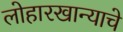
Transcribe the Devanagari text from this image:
लोहारखान्याचे